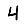
Digit: 4